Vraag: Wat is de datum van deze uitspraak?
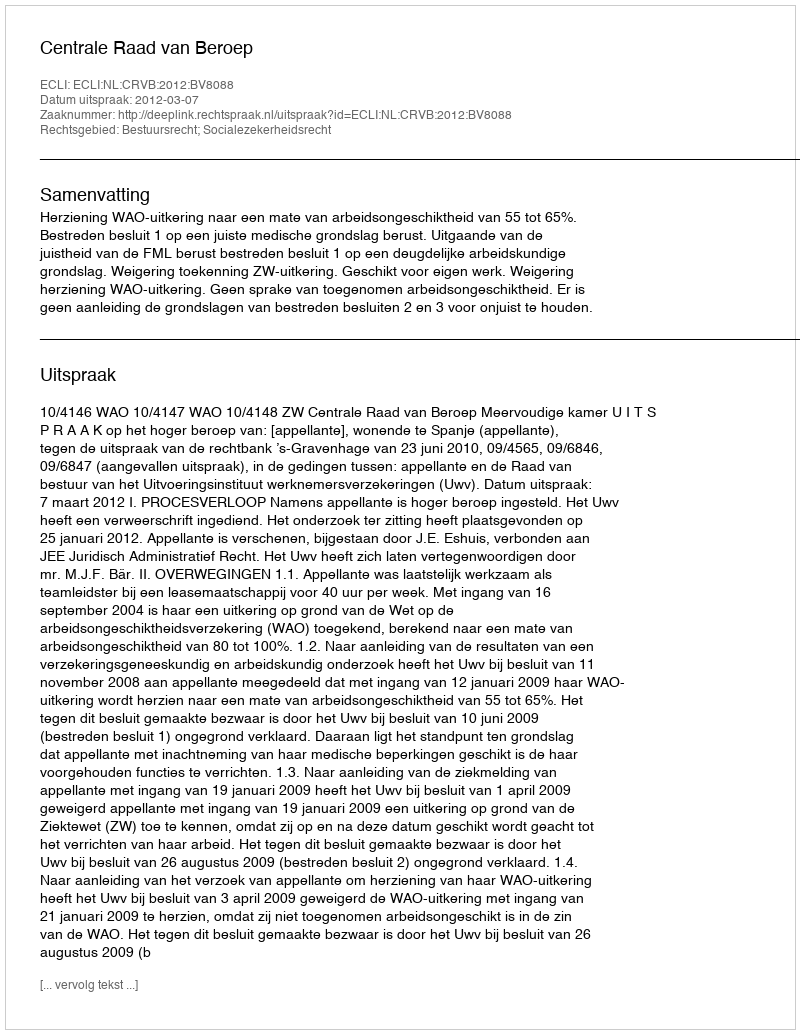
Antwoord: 2012-03-07